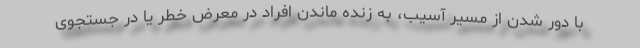
با دور شدن از مسیر آسیب، به زنده ماندن افراد در معرض خطر یا در جستجوی